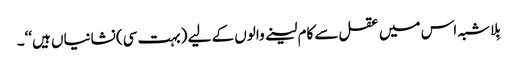
بِلاشبہ اس میں عقل سے کام لینے والوں کے لیے (بہت سی) نشانیاں ہیں‘‘۔